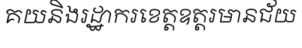
គយនិងរដ្ឋាករខេត្តឧត្តរមានជ័យ